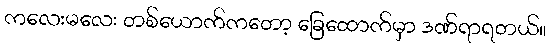
ကလေးမလေး တစ်ယောက်ကတော့ ခြေထောက်မှာ ဒဏ်ရာရတယ်။